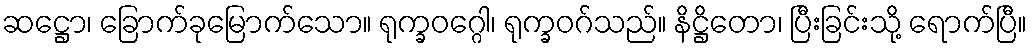
ဆဋ္ဌော၊ ခြောက်ခုမြောက်သော။ ရုက္ခဝဂ္ဂေါ၊ ရုက္ခဝဂ်သည်။ နိဋ္ဌိတော၊ ပြီးခြင်းသို့ ရောက်ပြီ။